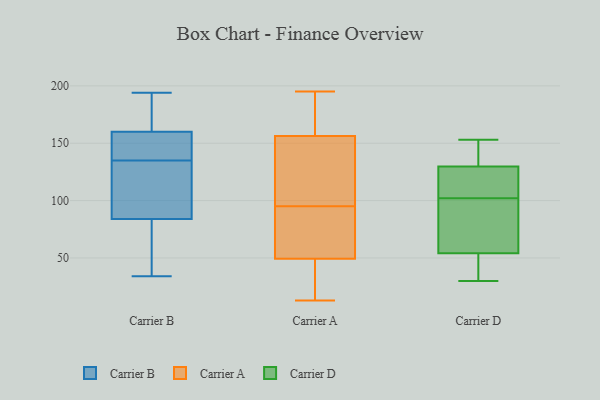
{"axis": {"x": "Gross Profit (USD K)", "y": "Value"}, "legend": ["Carrier A", "Carrier B", "Carrier D"], "data": [{"x": "", "y": 96, "type": "Carrier B"}, {"x": "", "y": 186, "type": "Carrier B"}, {"x": "", "y": 139, "type": "Carrier B"}, {"x": "", "y": 101, "type": "Carrier B"}, {"x": "", "y": 54, "type": "Carrier B"}, {"x": "", "y": 139, "type": "Carrier B"}, {"x": "", "y": 134, "type": "Carrier B"}, {"x": "", "y": 83, "type": "Carrier B"}, {"x": "", "y": 194, "type": "Carrier B"}, {"x": "", "y": 34, "type": "Carrier B"}, {"x": "", "y": 160, "type": "Carrier B"}, {"x": "", "y": 84, "type": "Carrier B"}, {"x": "", "y": 147, "type": "Carrier B"}, {"x": "", "y": 136, "type": "Carrier B"}, {"x": "", "y": 103, "type": "Carrier B"}, {"x": "", "y": 190, "type": "Carrier B"}, {"x": "", "y": 176, "type": "Carrier B"}, {"x": "", "y": 61, "type": "Carrier B"}, {"x": "", "y": 136, "type": "Carrier A"}, {"x": "", "y": 195, "type": "Carrier A"}, {"x": "", "y": 194, "type": "Carrier A"}, {"x": "", "y": 192, "type": "Carrier A"}, {"x": "", "y": 117, "type": "Carrier A"}, {"x": "", "y": 38, "type": "Carrier A"}, {"x": "", "y": 25, "type": "Carrier A"}, {"x": "", "y": 98, "type": "Carrier A"}, {"x": "", "y": 13, "type": "Carrier A"}, {"x": "", "y": 27, "type": "Carrier A"}, {"x": "", "y": 57, "type": "Carrier A"}, {"x": "", "y": 68, "type": "Carrier A"}, {"x": "", "y": 95, "type": "Carrier A"}, {"x": "", "y": 56, "type": "Carrier A"}, {"x": "", "y": 156, "type": "Carrier A"}, {"x": "", "y": 157, "type": "Carrier A"}, {"x": "", "y": 53, "type": "Carrier A"}, {"x": "", "y": 132, "type": "Carrier D"}, {"x": "", "y": 153, "type": "Carrier D"}, {"x": "", "y": 150, "type": "Carrier D"}, {"x": "", "y": 30, "type": "Carrier D"}, {"x": "", "y": 48, "type": "Carrier D"}, {"x": "", "y": 119, "type": "Carrier D"}, {"x": "", "y": 102, "type": "Carrier D"}, {"x": "", "y": 129, "type": "Carrier D"}, {"x": "", "y": 121, "type": "Carrier D"}, {"x": "", "y": 39, "type": "Carrier D"}, {"x": "", "y": 72, "type": "Carrier D"}, {"x": "", "y": 130, "type": "Carrier D"}, {"x": "", "y": 87, "type": "Carrier D"}, {"x": "", "y": 33, "type": "Carrier D"}, {"x": "", "y": 102, "type": "Carrier D"}]}